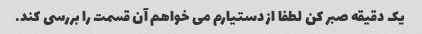
یک دقیقه صبر کن لطفا از دستیارم می خواهم آن قسمت را بررسی کند.